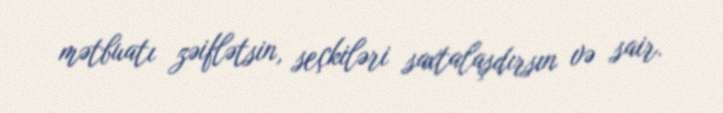
mətbuatı zəiflətsin, seçkiləri saxtalaşdırsın və sair.